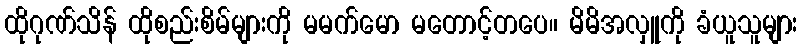
ထိုဂုဏ်သိန် ထိုစည်းစိမ်များကို မမက်မော မတောင့်တပေ။ မိမိအလှူကို ခံယူသူများ